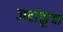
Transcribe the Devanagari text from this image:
जर्दाळूंचा